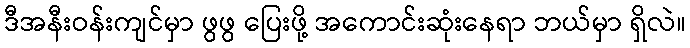
ဒီအနီးဝန်းကျင်မှာ ဖွဖွ ပြေးဖို့ အကောင်းဆုံးနေရာ ဘယ်မှာ ရှိလဲ။